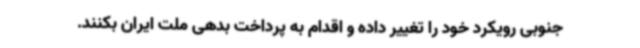
جنوبی رویکرد خود را تغییر داده و اقدام به پرداخت بدهی ملت ایران بکنند.